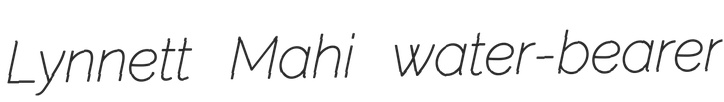
Lynnett Mahi water-bearer